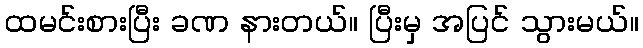
ထမင်းစားပြီး ခဏ နားတယ်။ ပြီးမှ အပြင် သွားမယ်။